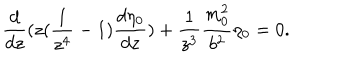
LaTeX: \frac { d } { d z } ( z ( \frac { 1 } { z ^ { 4 } } - 1 ) \frac { d \eta _ { 0 } } { d z } ) + \frac { 1 } { z ^ { 3 } } \frac { m _ { 0 } ^ { 2 } } { b ^ { 2 } } \eta _ { 0 } = 0 .